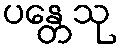
ပန္တေသု